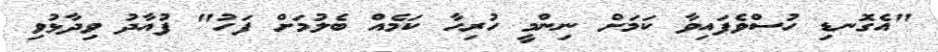
"އެގޮނޑި ހުސްވެފައިވާ ކަމަށް ނިންމީ ހުރިހާ ކަމެއް ބެލުމަށް ފަހު" ފުއާދު ވިދާޅުވި